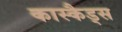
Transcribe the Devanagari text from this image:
कास्कैड्स